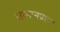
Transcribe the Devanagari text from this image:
सम्मानप्राप्त